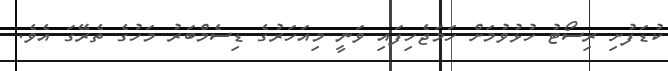
ކުޑަފުށި ރިސޯޓު ހުޅުވުމަށް ހަމަޖެހިފައި ވަނީ މިއަހަރުގެ ޑިސެމްބަރު މަހުގެ ތެރޭގަ އެވެ.